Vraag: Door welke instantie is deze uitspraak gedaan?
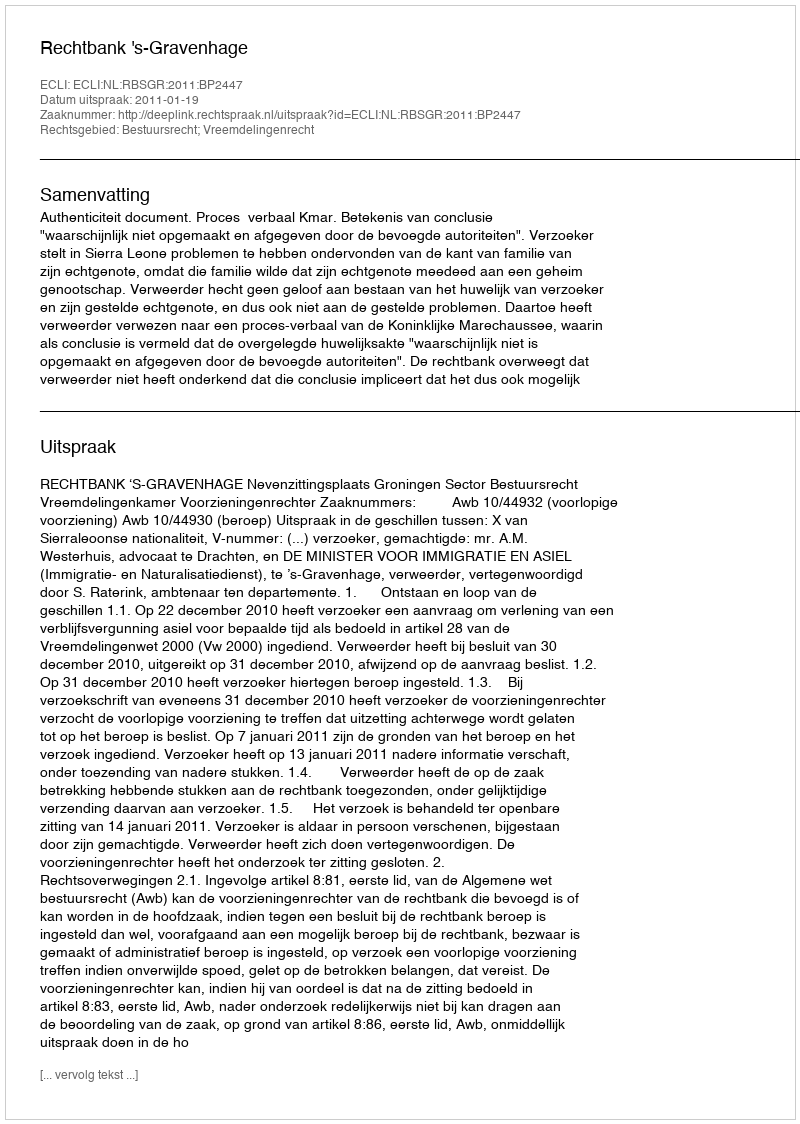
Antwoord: Rechtbank 's-Gravenhage